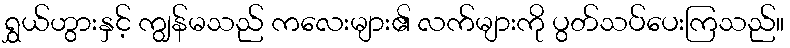
ရွှယ်ဟွားနှင့် ကျွန်မသည် ကလေးများ၏ လက်များကို ပွတ်သပ်ပေးကြသည်။